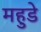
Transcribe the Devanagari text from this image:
महुडे